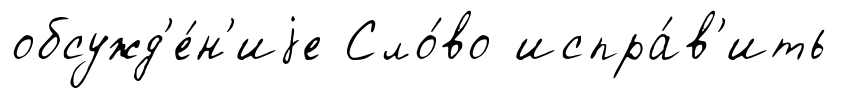
обсужд'е́н'иjе Сло́во испра́в'ить